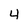
Character: 4